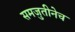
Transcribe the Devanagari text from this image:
समजुतीनेच